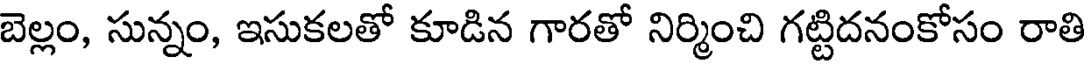
బెల్లం, సున్నం, ఇసుకలతో కూడిన గారతో నిర్మించి గట్టిదనంకోసం రాతి